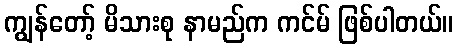
ကျွန်တော့် မိသားစု နာမည်က ကင်မ် ဖြစ်ပါတယ်။